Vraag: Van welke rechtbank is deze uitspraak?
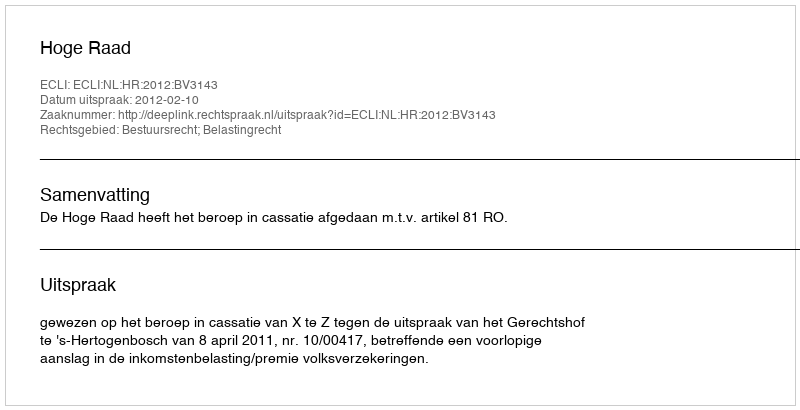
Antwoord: Hoge Raad